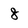
Character: 8